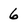
Character: 6